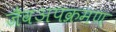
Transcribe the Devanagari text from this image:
जैवअपक्रमण